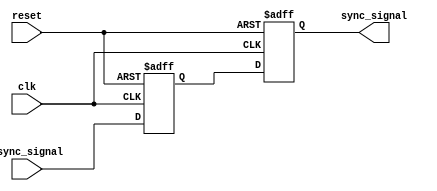
module SignalLevelCrossingSynchronizer #(
    parameter WIDTH = 1 // Parameter to define the width of the input signal
)(
    input  wire        clk,         // Receiving clock
    input  wire        reset,       // Asynchronous reset
    input  wire [WIDTH-1:0] async_signal, // Asynchronous input signal
    output reg  [WIDTH-1:0] sync_signal  // Synchronized output signal
);

// Internal signals for the dual flip-flops
reg [WIDTH-1:0] ff1; // First flip-flop output

// Dual Flip-Flop Synchronizer
always @(posedge clk or posedge reset) begin
    if (reset) begin
        ff1 <= 0;          // Reset first flip-flop
        sync_signal <= 0;  // Reset output
    end else begin
        ff1 <= async_signal;       // Sample the asynchronous signal
        sync_signal <= ff1;        // Synchronize the signal
    end
end

endmodule